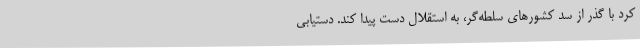
کرد با گذر از سد کشورهای سلطه‌گر، به استقلال دست پیدا کند. دستیابی